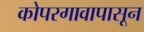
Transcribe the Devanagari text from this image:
कोपरगावापासून